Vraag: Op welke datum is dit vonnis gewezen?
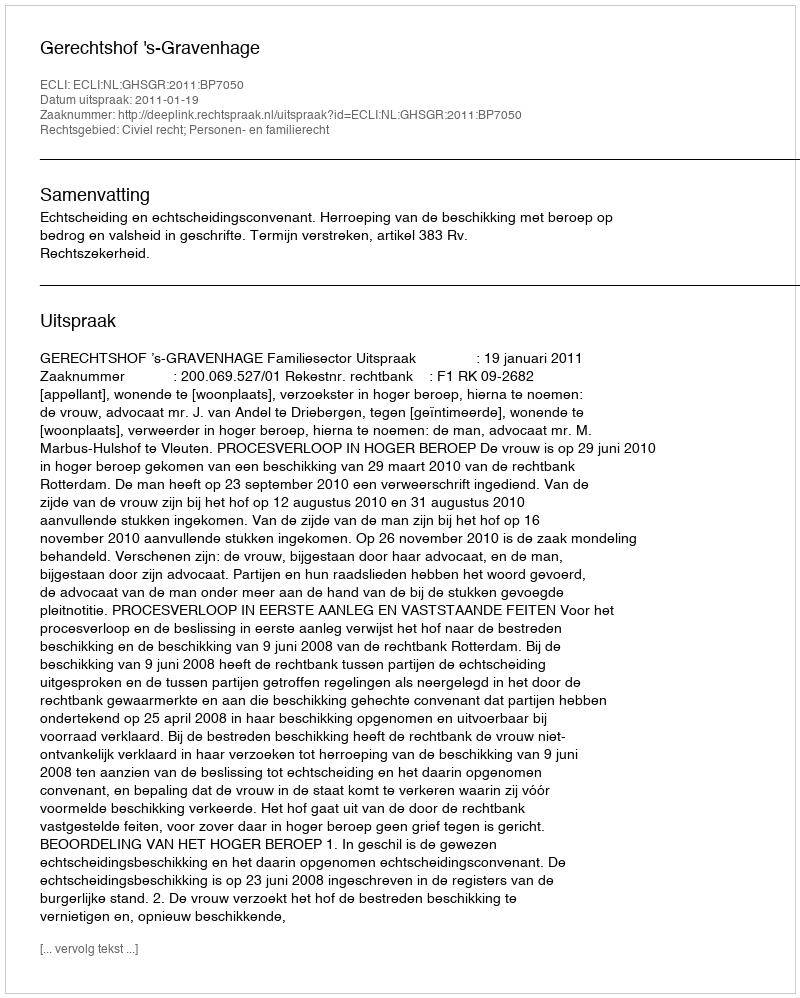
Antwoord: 2011-01-19